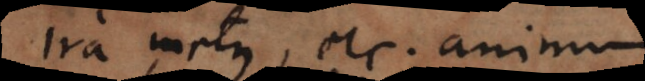
Ira, metus, etc, animum